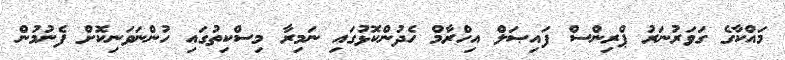
މައްކާގެ ގަވަރުނަރު ޕްރިންސް ފައިޞަލް އިހްރާމް ހެދުންކޮޅުގައި ނަމިރާ މިސްކިތުގައި ހުންނަވަނިކޮށް ފެނުމުން